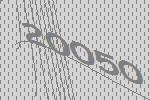
20050